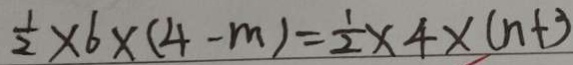
\frac { 1 } { 2 } \times 6 \times ( 4 - m ) = \frac { 1 } { 2 } \times 4 \times ( n + 3